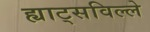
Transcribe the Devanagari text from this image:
ह्याट्सविल्ले